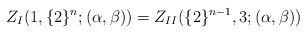
\begin{align*}\begin{aligned}Z_{I}(1,\{2\}^{n};(\alpha,\beta))=Z_{II}(\{2\}^{n-1},3;(\alpha,\beta))\end{aligned}\end{align*}